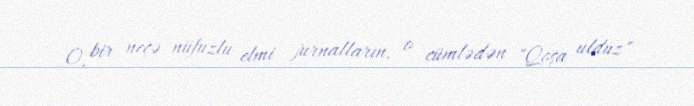
O, bir neçə nüfuzlu elmi jurnalların, o cümlədən "Qoşa ulduz"